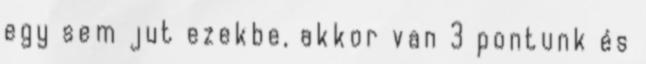
egy sem jut ezekbe, akkor van 3 pontunk és